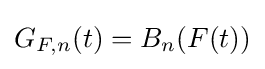
G_{F,n}(t)=B_{n}(F(t))